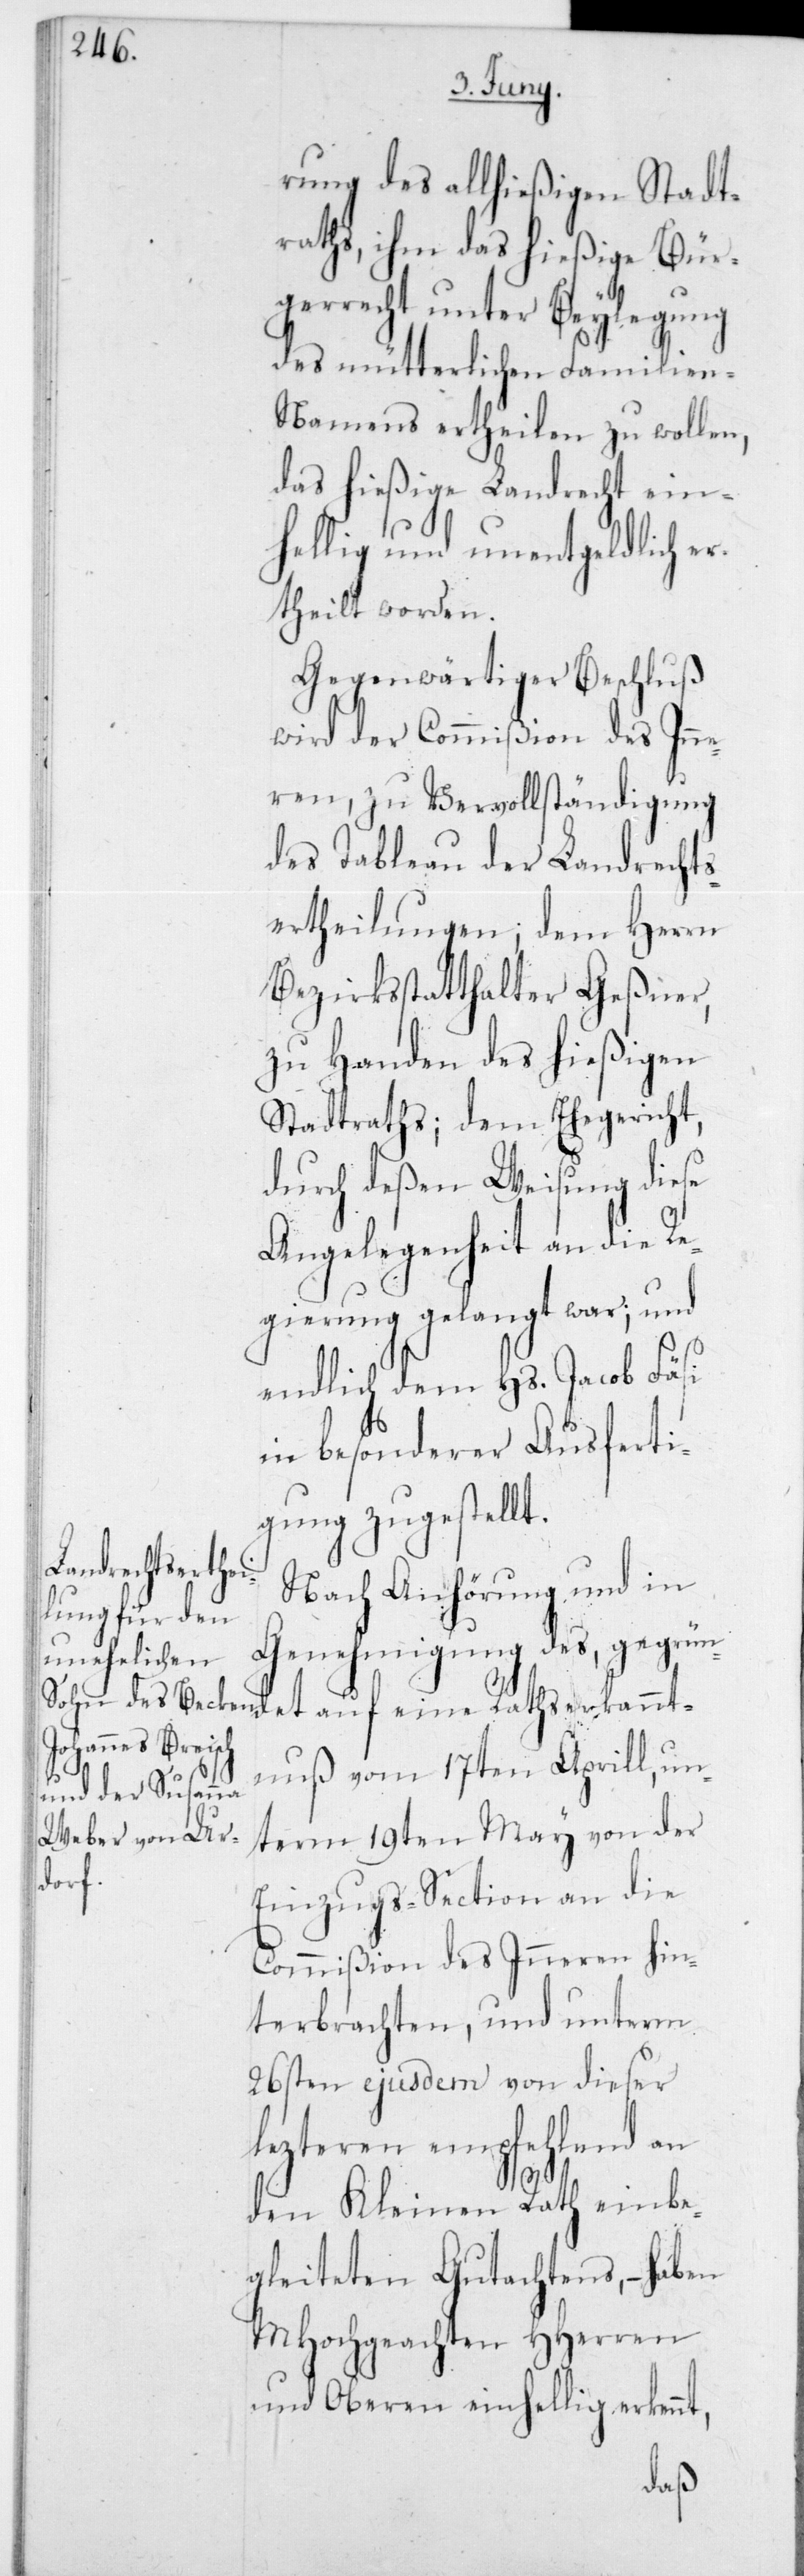
rung des allhießigen Stadt¬
raths, ihm das hießige Bür¬
gerrecht unter Beylegung
des mütterlichen Familien-N¬
amens ertheilen zu wollen,
das hießige Landrecht ein¬
hellig und unentgeldlich er¬
theilt werden.
Gegenwärtiger Beschluß
wird der Commißion des Inne¬
ren, zu Vervollständigung
des Tableau der Landrechts¬
ertheilungen; dem Herrn
Bezirksstatthalter Geßner,
zu Handen des hießigen
Stadtraths; dem Ehegericht,
durch deßen Weisung diese
Angelegenheit an die Re¬
gierung gelangt war; und
endlich dem Hs. Jacob Fäsi
in besonderer Ausferti¬
gung zugestellt.
Nach Anhörung und in
Genehmigung des, gegrün¬
ntnuß vom 17ten Aprill, un¬
det
term 19ten May von der
Einzugs-Section an die
Commißion des Inneren hin¬
terbrachten, und unterm
26sten ejusdem von dieser
lezteren empfehlend an
den Kleinen Rath einbe¬
gleiteten Gutachtens, – haben
MHochgeachten HHerren
und Oberen einhellig erkennt,